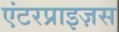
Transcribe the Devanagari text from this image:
एंटरप्राइज़स